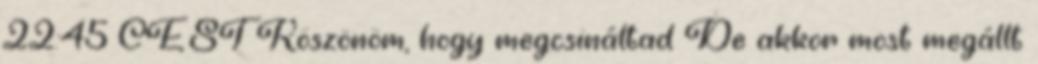
22:45 CEST Köszönöm, hogy megcsináltad De akkor most megállt